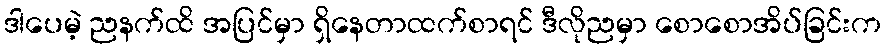
ဒါပေမဲ့ ညနက်ထိ အပြင်မှာ ရှိနေတာထက်စာရင် ဒီလိုညမှာ စောစောအိပ်ခြင်းက